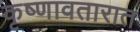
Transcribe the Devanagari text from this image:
कृष्णावतारात